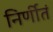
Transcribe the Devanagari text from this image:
निर्णीतं